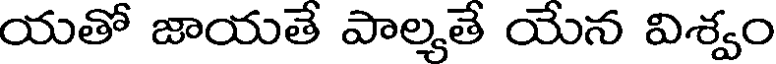
యతో జాయతే పాల్మతే యేన విశ్వం